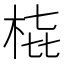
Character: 𭩳